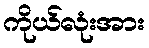
ကိုယ်လုံးအား